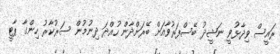
ރައީސް ވިދާޅުވީ ނަޝީދު ބޭސްފަރުވާއަށް ބޭރަށްދާން ހުއްދަ ދިނުމުން ސަރުކާރު ހިންގާ ޕާޓީ